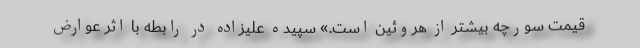
قیمت سورچه بیشتر از هروئین است.» سپیده علیزاده در رابطه با اثر عوارض